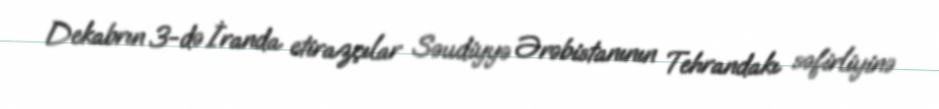
Dekabrın 3-də İranda etirazçılar Səudiyyə Ərəbistanının Tehrandakı səfirliyinə